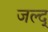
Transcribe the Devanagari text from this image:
जल्द्